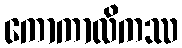
ကောကာလိကဿ